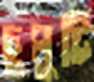
চুমুটি